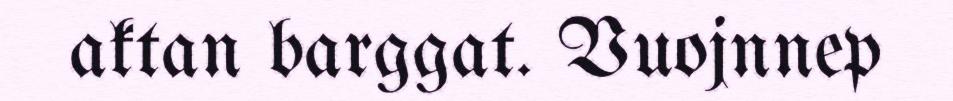
aktan barggat. Vuojnnep